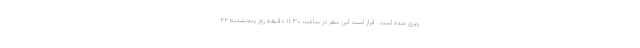
ریزی شده است. قرار است این سفر در ساعت ۱۱:۳۰ دقیقه روز پنجشنبه ۲۲